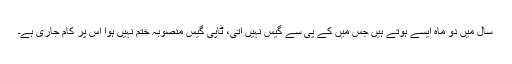
سال میں دو ماہ ایسے ہوتے ہیں جس میں کے پی سے گیس نہیں آتی، ٹاپی گیس منصوبہ ختم نہیں ہوا اس پر کام جاری ہے۔